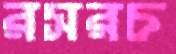
রসরচ